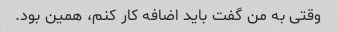
وقتی به من گفت باید اضافه کار کنم، همین بود.